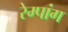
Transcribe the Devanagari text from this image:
रेम्पांग